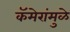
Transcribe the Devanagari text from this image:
कॅमेरांमुळे